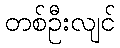
တစ်ဦးလျင်